Report on plague in the Punjab from October 1st ... to September 30th ..., being the ... season of plague in the province
Disease focus: Plague
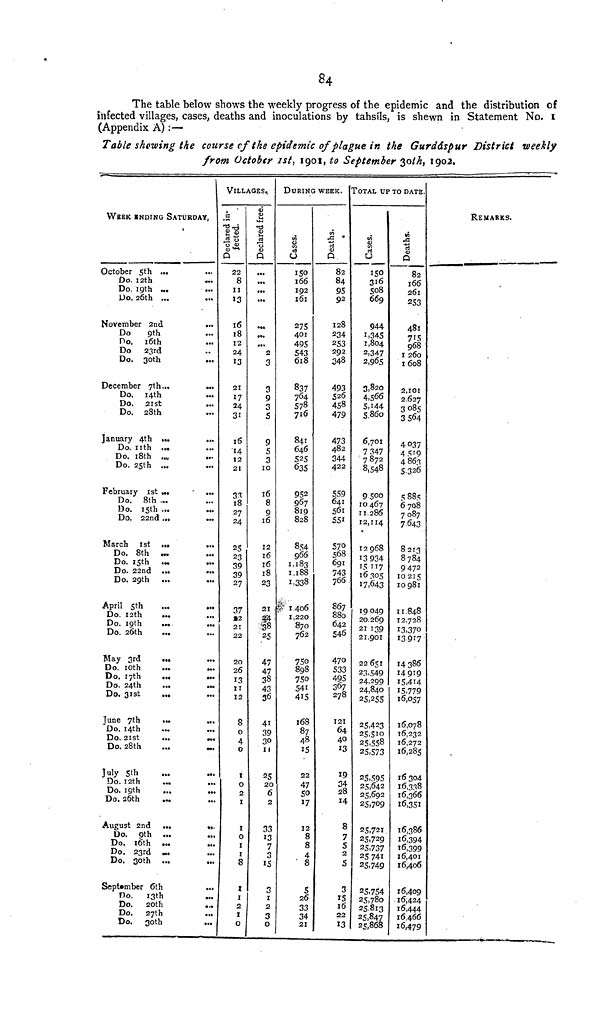
84
The table below shows the weekly progress of the epidemic and the distribution of
infected villages, cases, deaths and inoculations by tahsils, is shewn in Statement No. 1
(Appendix A) :—
Table shewing the course of the epidemic of plague in the Gurdáspur District weekly
from Octobtr 1st, 1901, to September 30th, 1902.
WEEK ENDING SATURDAY,
October 5th ...
Do. 12th
Do. 19th ...
Do. 26th ...
November 2nd
Do
9th
Do. 16th
Do 23rd
Do. 30th
December 7th...
Do. 14th
Do. 21st
Do. 28th
January 4th ...
Do. nth ...
Do. 18th ..
Do. 25th ...
February 1st ...
Do. 8th ...
Do. 15th ...
Do. 22nd ...
March 1st ...
Do. 8th
...
Do. 15th
...
Do. 22nd ...
Do. 29th ...
April 5th
Do. 12th
...
Do. 19th
...
Do. 26th
May 3rd
...
Do. 10th
Do. 17th
Do. 24th
Do. 31st
...
June 7th
...
Do. 14th
Do. 21st
Do. 28th
July 5th
Do. 12th
Do. 19th
Do. 26th
August 2nd ...
Do. 9th ...
Do. 16th ...
Do. 23rd ...
Do. 30th ...
September 6th
Do.
13th
Do.
20th
Do. 27th
Do. 30th
...
• ••
•••
...
...
...
...
z
...
...
«».
• *.
VILLAGES.,
Declared in
fected
22
8
II
13
16
18
12
24
13
21
17
24
31
16
14
12
21
33
18
27
24
25
23
39
39
27
37
22
21
22
20
26
13
11
12
8
0
4
0
1
0
2
1
1
0
1
1
8
1
1
2
1
0
Decleared free
...
...
...
...
2
3
3
9
3
S
9
5
3
10
16
8
9
16
12
16
16
18
23
21 .
38
25
47
47
38
43
36
41
39
30
11
25
20
6
2
33
13
7
3
15
3
I
2
3
0
DURING WEEK.
Cases
166
192
161
27s
401
495
543
618
837
764
578
716
841
646
525
635
952
967
819
828
854
966
1,183
1,188
1,338
1,406
1,220
870
762
750
898
750
541
415
168
87
48
15
22
47
50
17
12
8
8
4
8
5
26
33
34
21
Deaths
82
84
95
92
128
234
253
292
348
493
526
458
479
473
482
344
422
559
641
561
551
570
568
691
743
766
867
880
642
S46
470
533
495
367
278
121
64
40
13
19
34
28
14
8
7
S
2
5
3
15
16
22
13
TOTAL UP TO DATE.
Cases
150
316
508
669
944
1,345
1,804
2,347
2,965
3,820
4,560
5,144
5,860
6,701
7 347
7872
8,548
9500
10 467
11,286
12,114
12 968
13 934
15 117
16 305
17,643
19049
20.269
21 139
21,901
22 651
23,549
24,299
24,840
25,255
25,423
25,510
25,558
25,573
25,595
25,642
25,692
25,709
25,721
25,729
25,737
25 741
25,749
25,754
25,780
25,813
25,847
25,868
Deaths
82
166
261
253
481
715
968
1 260
1608
2,101
2.627
3 085
3564
4037
4 519
4 863
5,326
5 885
6708
7087
7643
8213
8784
9472
10215
10 981
11,848
12,728
13,370
13 917
14386
14 919
15,414
15,779
16,057
16,078
16,232
16,272
16,285
16304
16,338
16,366
16,351
16,386
16,394
16,399
16,401
16,406
16,409
16,424
16,444
16,466
16,479
REMARKS.